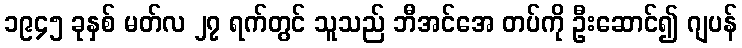
၁၉၄၅ ခုနှစ် မတ်လ ၂၇ ရက်တွင် သူသည် ဘီအင်အေ တပ်ကို ဦးဆောင်၍ ဂျပန်